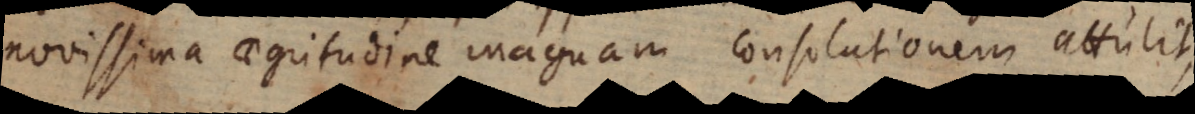
novissima aegritudine magnam consolationem attulit,